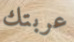
عربتك